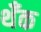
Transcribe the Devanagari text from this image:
थँक